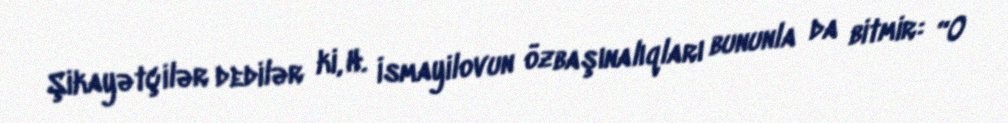
Şikayətçilər dedilər ki, H. İsmayilovun özbaşınalıqları bununla da bitmir: “O